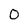
Character: O